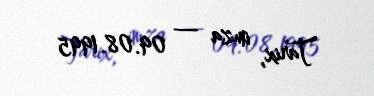
Tarix, imza — 09.08.1995